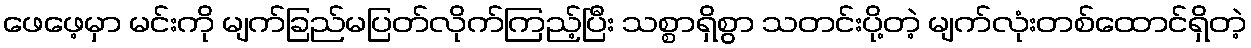
ဖေဖေ့မှာ မင်းကို မျက်ခြည်မပြတ်လိုက်ကြည့်ပြီး သစ္စာရှိစွာ သတင်းပို့တဲ့ မျက်လုံးတစ်ထောင်ရှိတဲ့